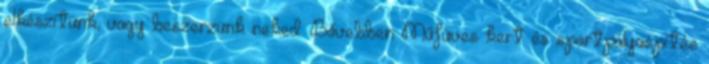
elkészítünk, vagy beszerzünk neked. Bővebben: Műfüves kert és sportpályaépítés